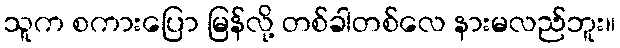
သူက စကားပြော မြန်လို့ တစ်ခါတစ်လေ နားမလည်ဘူး။